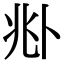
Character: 𠧞